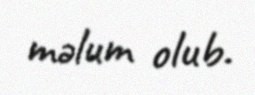
məlum olub.